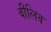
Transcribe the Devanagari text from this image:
बीलिव